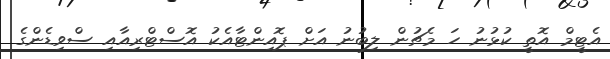
އެޓީމް އޮތީ ކުޅުނު ހަ މެޗުން ލިބުނު އަށް ޕޮއިންޓާއެކު އޮސްޓްރިއާއި ސްވިޑެންގެ